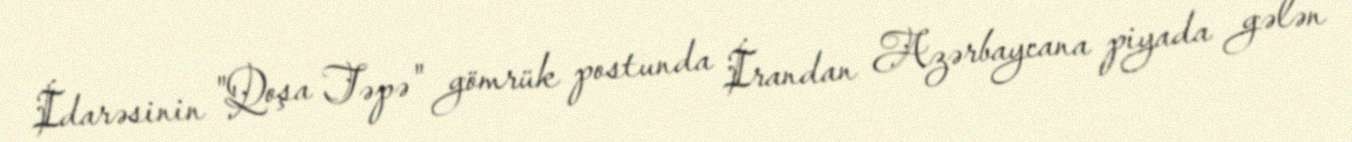
İdarəsinin "Qoşa Təpə" gömrük postunda İrandan Azərbaycana piyada gələn